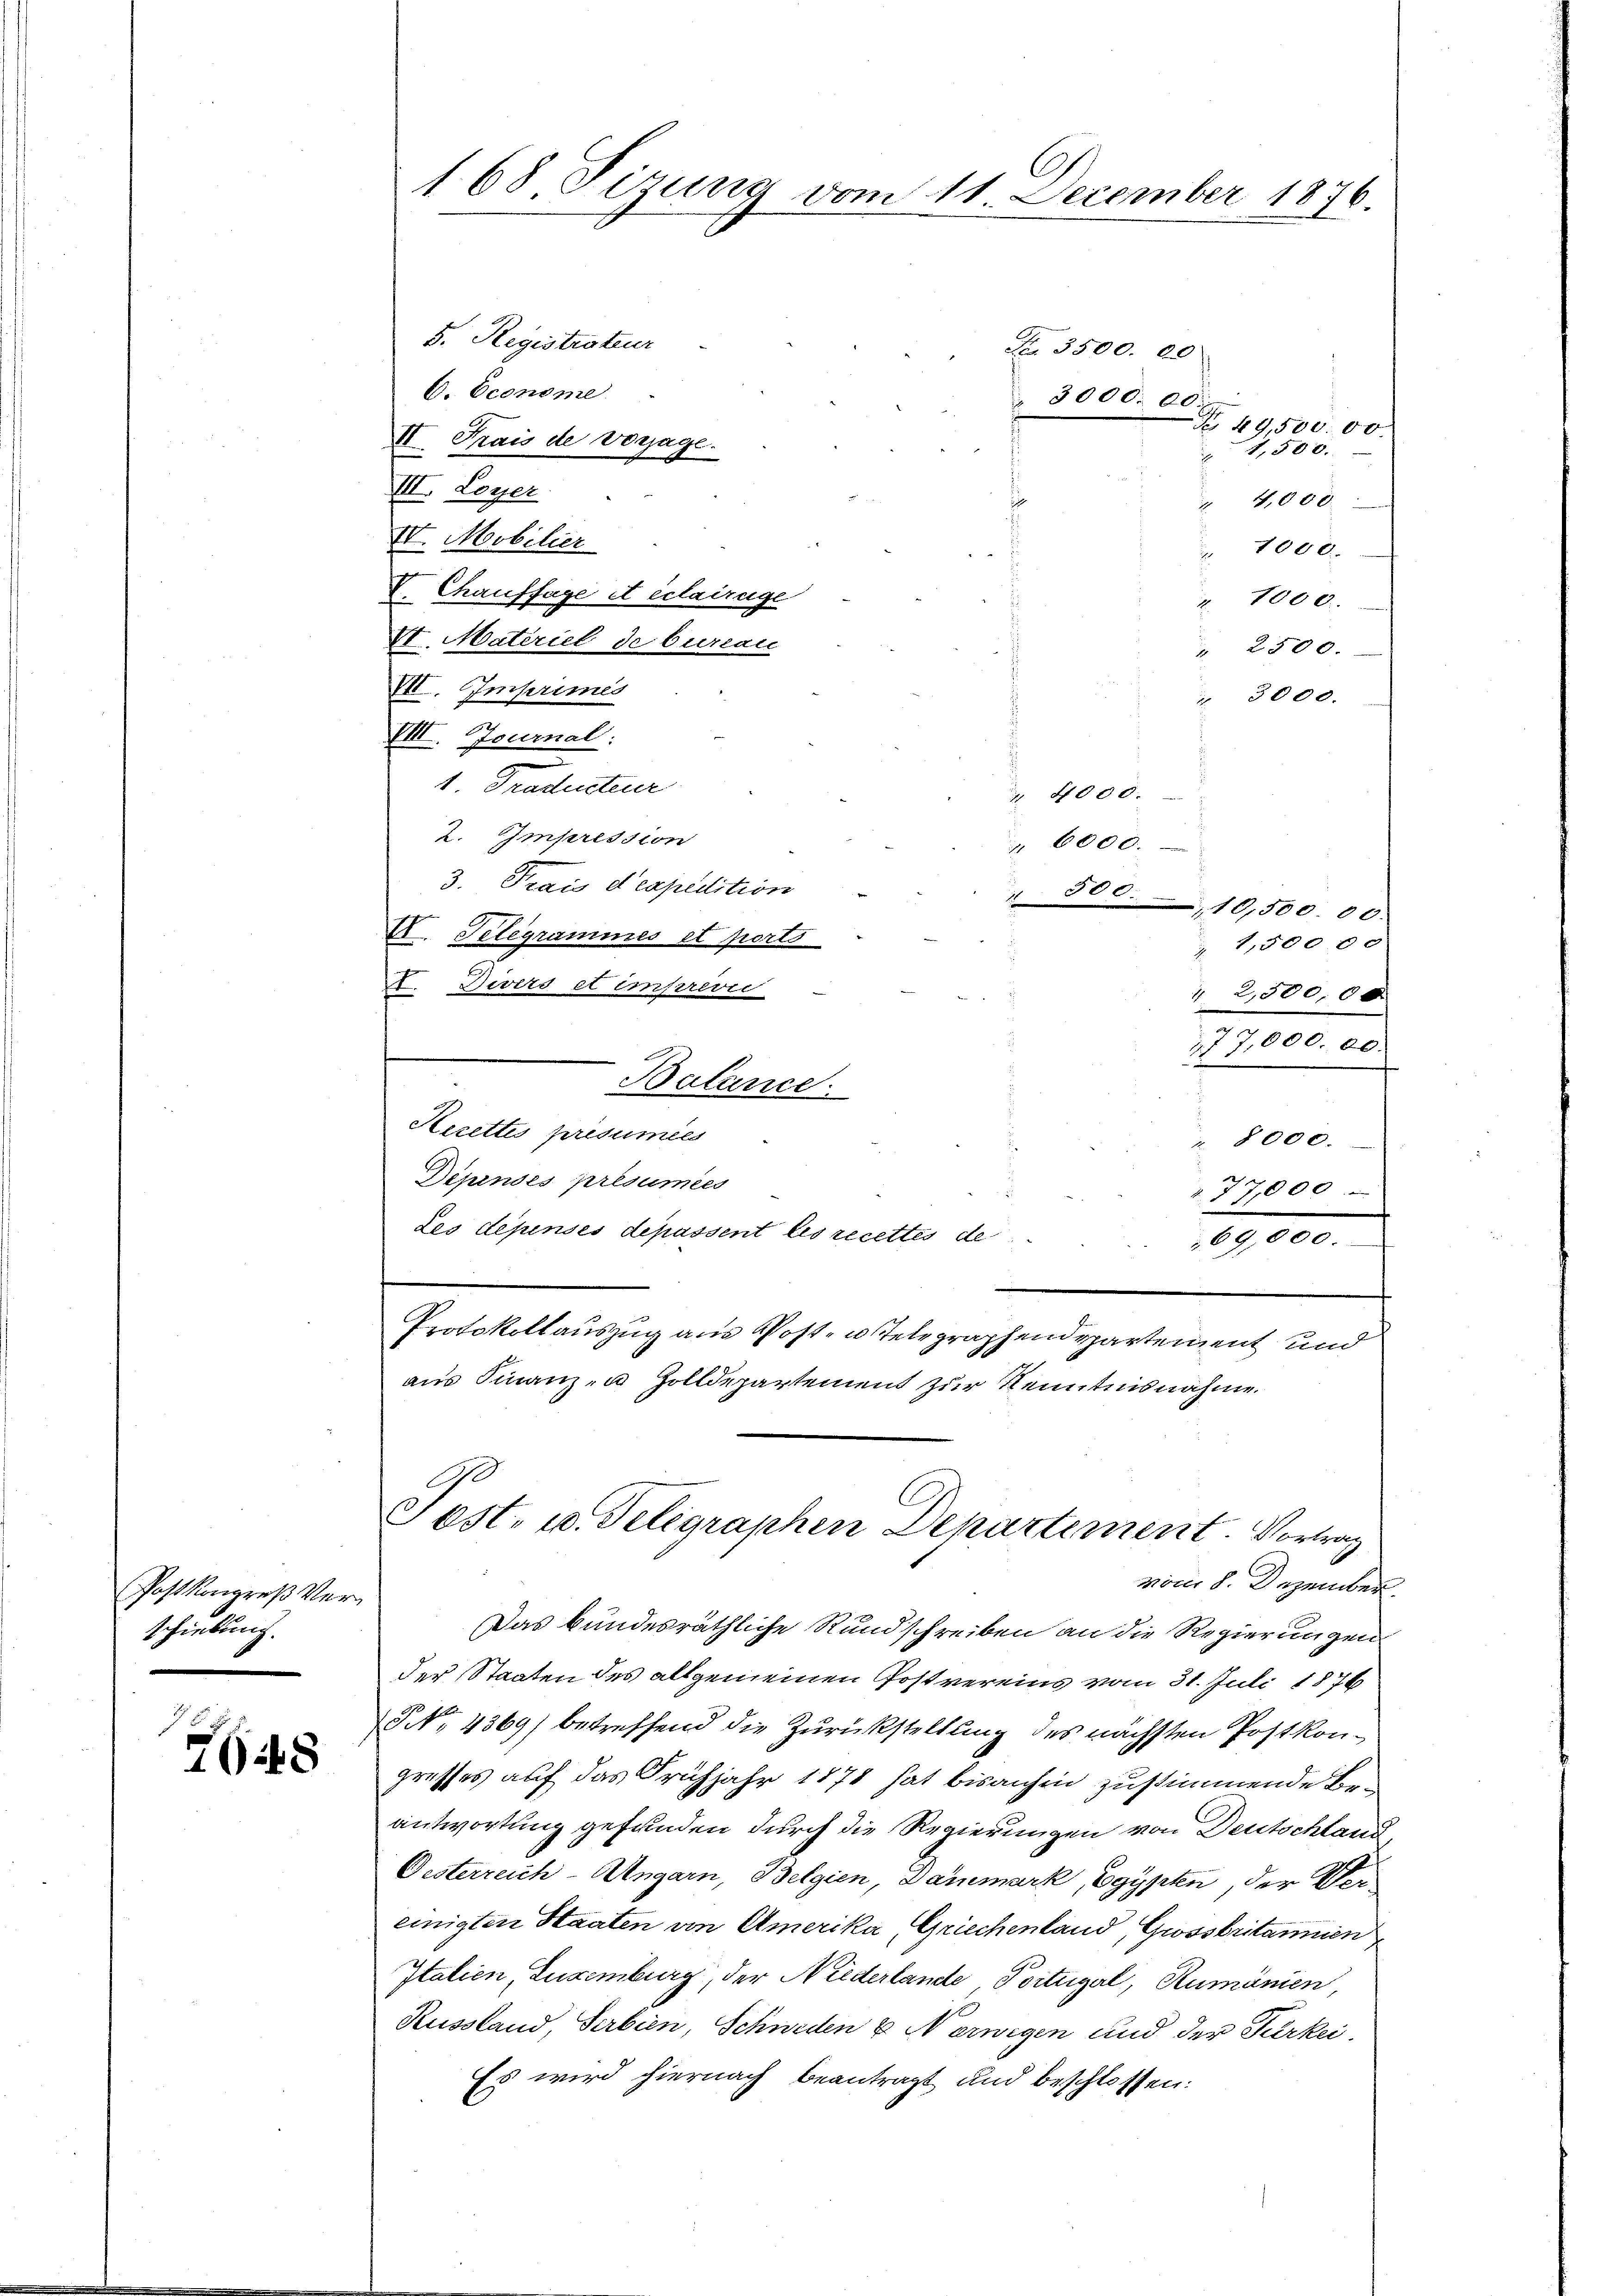
Postkongreß Verschiebung.

7648

C
168 Sirung vom 11. December 1876.

5. Registrateur
C. Econome
II. Frais de Vorjage.
III. Loyer
 4,000.
IV. Mobilier
1000.
V. Chaufsage et eclatrüge
" 1000
VI. Materiel de bureau
" 2500.
VII. Imprimes
3000.
IIII. Journal:
1. Traducteur
" 4000.
2. Impression
6000.
3. Frais d expedition
 300.
10,500.00
I. Telegrammes et ports
1,500 00
2. Divers et imprevi
2,500,00
1500 00
Balance.
Herettes présumées
 8000.
Dipensés présumées
77,000
Les depensés depassent les recettes de
69,000.
Protokollauszug aus Post- u. Telegraphendepartement und
aus Finanz- u. Zolldepartement zur Kenntnisnahme.

N 3500. 00
 3000. 00.
 49,500.00
4,500.

Ge
Sost- u. Telegraphen Departement. Vortrag
vom 8. Dezember.

Das bundesräthliche Rundschreiben an die Regierungen
der Staaten des allgemeinen Postvereins vom 31. Juli 1876
 No. 4369) betreffend die Zurückstellung des nächsten Postkongresses auf das Frühjahr 1878 hat bisanhin zustimmende Be-
antwortung gefunden durch die Regierungen von Deutschland
Oesterreich-Ungarn, Belgien, Dammark, Egypten, der Vereinigten Staaten an Amerika, Griechenland, Grossbritannien
Italien, Luxenburg, der Niederlande Portugal, Rumänien
Russland, Serbien, Schweden & Norwegen und der Parkei¬
Es wird hiernach beantragt und beschlossen: